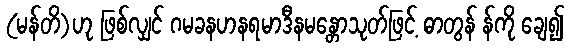
(မန်တိ)ဟု ဖြစ်လျှင် ဂမခနဟနရမာဒီနမန္တောသုတ်ဖြင့် ဓာတွန် န်ကို ချေ၍